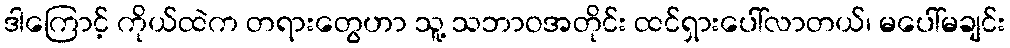
ဒါကြောင့် ကိုယ်ထဲက တရားတွေဟာ သူ့ သဘာဝအတိုင်း ထင်ရှားပေါ်လာတယ်၊ မပေါ်မချင်း